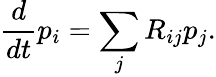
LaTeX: \frac{d}{dt}p_{i}=\sum_{j}R_{ij}p_{j}.